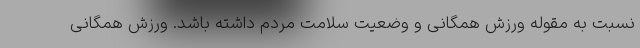
نسبت به مقوله ورزش همگانی و وضعیت سلامت مردم داشته باشد. ورزش همگانی